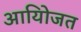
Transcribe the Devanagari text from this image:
आयोिजत